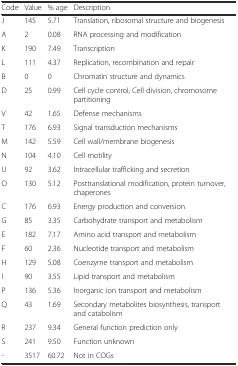
<table><thead><tr><td><b>Code</b></td><td><b>Value</b></td><td><b>% age</b></td><td><b>Description</b></td></tr></thead><tbody><tr><td>J</td><td>145</td><td>5.71</td><td>Translation, ribosomal structure and biogenesis</td></tr><tr><td>A</td><td>2</td><td>0.08</td><td>RNA processing and modification</td></tr><tr><td>K</td><td>190</td><td>7.49</td><td>Transcription</td></tr><tr><td>L</td><td>111</td><td>4.37</td><td>Replication, recombination and repair</td></tr><tr><td>B</td><td>0</td><td>0</td><td>Chromatin structure and dynamics</td></tr><tr><td>D</td><td>25</td><td>0.99</td><td>Cell cycle control, Cell division, chromosome partitioning</td></tr><tr><td>V</td><td>42</td><td>1.65</td><td>Defense mechanisms</td></tr><tr><td>T</td><td>176</td><td>6.93</td><td>Signal transduction mechanisms</td></tr><tr><td>M</td><td>142</td><td>5.59</td><td>Cell wall/membrane biogenesis</td></tr><tr><td>N</td><td>104</td><td>4.10</td><td>Cell motility</td></tr><tr><td>U</td><td>92</td><td>3.62</td><td>Intracellular trafficking and secretion</td></tr><tr><td>O</td><td>130</td><td>5.12</td><td>Posttranslational modification, protein turnover, chaperones</td></tr><tr><td>C</td><td>176</td><td>6.93</td><td>Energy production and conversion</td></tr><tr><td>G</td><td>85</td><td>3.35</td><td>Carbohydrate transport and metabolism</td></tr><tr><td>E</td><td>182</td><td>7.17</td><td>Amino acid transport and metabolism</td></tr><tr><td>F</td><td>60</td><td>2.36</td><td>Nucleotide transport and metabolism</td></tr><tr><td>H</td><td>129</td><td>5.08</td><td>Coenzyme transport and metabolism</td></tr><tr><td>I</td><td>90</td><td>3.55</td><td>Lipid transport and metabolism</td></tr><tr><td>P</td><td>136</td><td>5.36</td><td>Inorganic ion transport and metabolism</td></tr><tr><td>Q</td><td>43</td><td>1.69</td><td>Secondary metabolites biosynthesis, transport and catabolism</td></tr><tr><td>R</td><td>237</td><td>9.34</td><td>General function prediction only</td></tr><tr><td>S</td><td>241</td><td>9.50</td><td>Function unknown</td></tr><tr><td>-</td><td>3517</td><td>60.72</td><td>Not in COGs</td></tr></tbody></table>